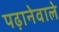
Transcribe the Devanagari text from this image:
पढ़ानेवाले